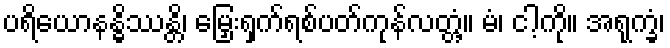
ပရိယောနန္ဓိဿန္တိ၊ မြှေးရှက်ရစ်ပတ်ကုန်လတ္တံ့။ မံ၊ ငါ့ကို။ အရုက္ခံ၊